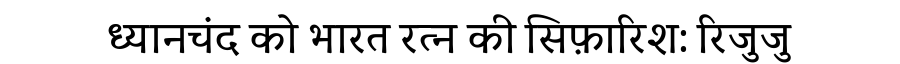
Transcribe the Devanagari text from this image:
ध्यानचंद को भारत रत्न की सिफ़ारिश: रिजुजु